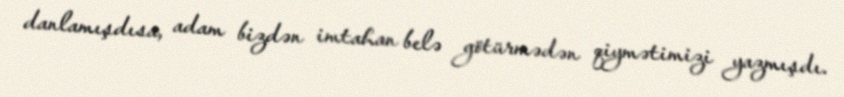
danlamışdısa, adam bizdən imtahan belə götürmədən qiymətimizi yazmışdı.